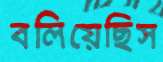
বলিয়েছিস